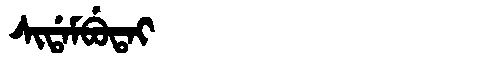
Manchu: ᠰᡳᡩᠠᠮᠪᡠᡨᠠᡳ
Romanization: SIDAMBUTAI